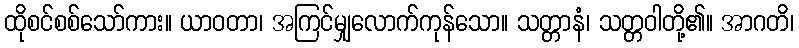
ထိုစင်စစ်သော်ကား။ ယာဝတာ၊ အကြင်မျှလောက်ကုန်သော။ သတ္တာနံ၊ သတ္တဝါတို့၏။ အာဂတိ၊